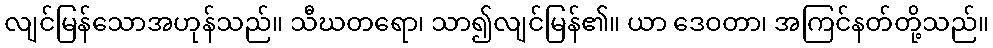
လျင်မြန်သောအဟုန်သည်။ သီဃတရော၊ သာ၍လျင်မြန်၏။ ယာ ဒေဝတာ၊ အကြင်နတ်တို့သည်။